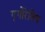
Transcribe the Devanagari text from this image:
गृगोरेविच